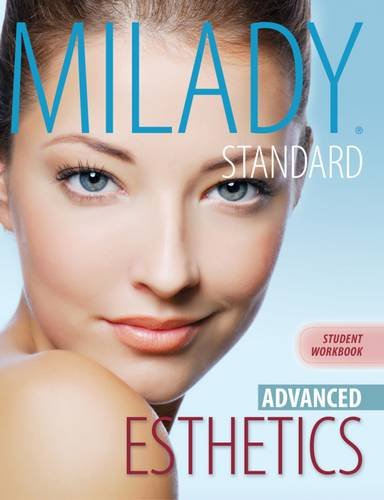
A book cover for Workbook for Milady Standard Esthetics: Advanced; Milady; Health, Fitness & Dieting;